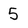
Character: 5